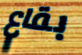
بقاع